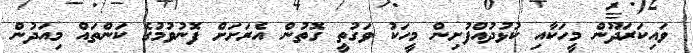
ވައިކަރަދޫން މީހަކާއި ކުޅުދުއްފުށިން މީހަކު ވަގުތީ ގޮތުން އެރަށަށް ފޮނުވުމުގެ ކަންތައް މިއަދުން